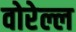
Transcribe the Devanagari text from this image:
वोरेल्ल